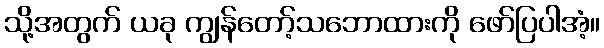
သို့အတွက် ယခု ကျွန်တော့်သဘောထားကို ဖော်ပြပါအံ့။